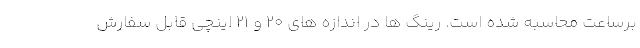
برساعت محاسبه شده است. رینگ ها در اندازه های 20 و 21 اینچی قابل سفارش